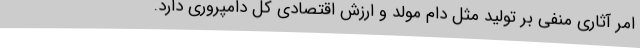
امر آثاری منفی بر تولید مثل دام مولد و ارزش اقتصادی کل دامپروری دارد.